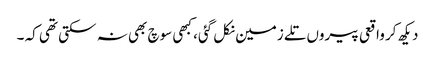
دیکھ کر واقعی پیروں تلے زمین نکل گئی، کبھی سوچ بھی نہ سکتی تھی کہ ۔